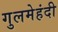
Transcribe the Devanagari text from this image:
गुलमेहंदी